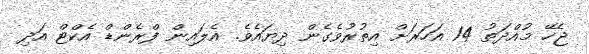
ޖެހޭ މުއްދަތު 14 އަހަރަށް އިތުރުވެގެން ދިޔައެވެ. އެލައިން ފްރެންޑް އެކްޓް އަދި